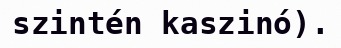
szintén kaszinó).